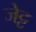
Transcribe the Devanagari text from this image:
जेट्ट